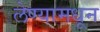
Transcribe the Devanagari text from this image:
लेण्यामधून